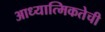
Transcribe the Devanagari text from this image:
आध्यात्मिकतेची